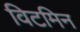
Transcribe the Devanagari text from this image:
विटमिन